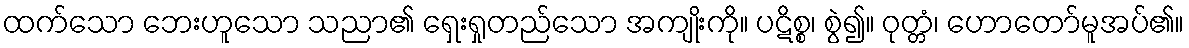
ထက်သော ဘေးဟူသော သညာ၏ ရှေးရှုတည်သော အကျိုးကို။ ပဋိစ္စ၊ စွဲ၍။ ဝုတ္တံ၊ ဟောတော်မူအပ်၏။